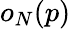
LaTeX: o_{N}(p)